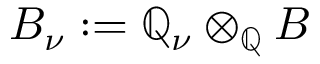
B _ { \nu } : = \mathbb { Q } _ { \nu } \otimes _ { \mathbb { Q } } B